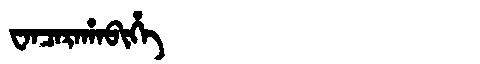
Manchu: ᠸᠠᠨᠴᠠᡵᠠᡥᠠᠪᡳᡥᡝ
Romanization: WANCARAHABIHE